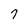
Character: 7